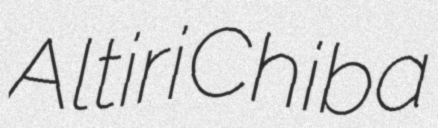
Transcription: Altiri Chiba